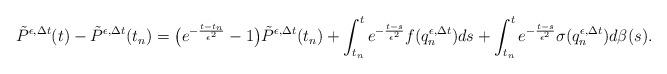
LaTeX: \begin{align*}\tilde{P}^{\epsilon,\Delta t}(t)-\tilde{P}^{\epsilon,\Delta t}(t_n)=\bigl(e^{-\frac{t-t_n}{\epsilon^2}}-1\bigr)\tilde{P}^{\epsilon,\Delta t}(t_n)+\int_{t_n}^{t}e^{-\frac{t-s}{\epsilon^2}}f(q_n^{\epsilon,\Delta t})ds+\int_{t_n}^{t}e^{-\frac{t-s}{\epsilon^2}}\sigma(q_n^{\epsilon,\Delta t})d\beta(s).\end{align*}